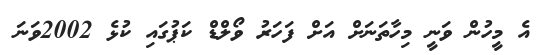
އެ މީހުން ވަނީ މިހާތަނަށް އަށް ފަހަރު ވޯލްޑް ކަޕުގައި ކުޅެ 2002ވަނަ